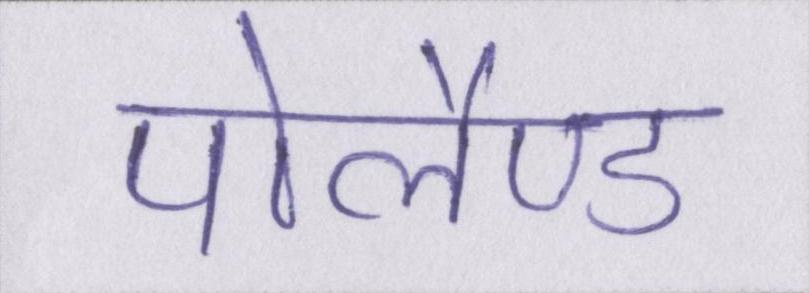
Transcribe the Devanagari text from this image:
पोलैण्ड